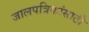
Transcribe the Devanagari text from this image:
जालपत्रिकांसाठी